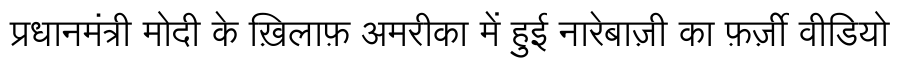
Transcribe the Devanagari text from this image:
प्रधानमंत्री मोदी के ख़िलाफ़ अमरीका में हुई नारेबाज़ी का फ़र्ज़ी वीडियो